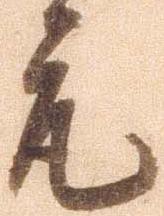
取